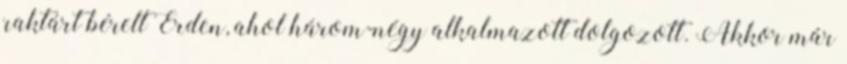
raktárt bérelt Érden, ahol három-négy alkalmazott dolgozott. Akkor már